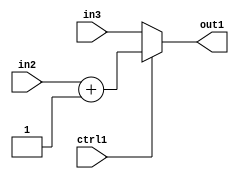
`timescale 1ps / 1ps
/*****************************************************************************
    Verilog RTL Description
    
    
    Created by: Stratus DpOpt 2019.1.01 
*******************************************************************************/

module in_buff_MuxAdd2i1u5u5u1_4_0 (
	in3,
	in2,
	ctrl1,
	out1
	); /* architecture "behavioural" */ 
input [4:0] in3,
	in2;
input  ctrl1;
output [4:0] out1;
wire [4:0] asc001,
	asc002;

assign asc002 = 
	+(in2)
	+(5'B00001);

reg [4:0] asc001_tmp_0;
assign asc001 = asc001_tmp_0;
always @ (ctrl1 or asc002 or in3) begin
	case (ctrl1)
		1'B1 : asc001_tmp_0 = asc002 ;
		default : asc001_tmp_0 = in3 ;
	endcase
end

assign out1 = asc001;
endmodule

/* CADENCE  v7L0TgE= : u9/ySgnWtBlWxVPRXgAZ4Og= ** DO NOT EDIT THIS LINE ******/